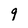
Character: 9